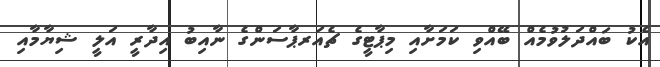
އެކު ބައްދަލުވުމެއް ބޭއްވި ކަމަށާއި މިޕާޓީގެ ޗެއަރޕާސަންގެ ނާއިބު އިދާރީ އަލީ ޝިޔާމާއި